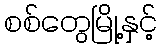
စစ်တွေမြို့နှင့်